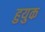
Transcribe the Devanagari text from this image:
हुयुक